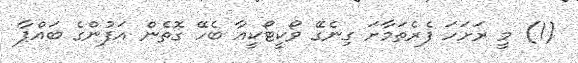
(1) މީ ރަށަހަ ފެރެތަމާށަ ގިނެގޭ ވޯކީޓޯކީއާ ބެހޭ ގޮތެން އަފުންގެ ބައްޕާ